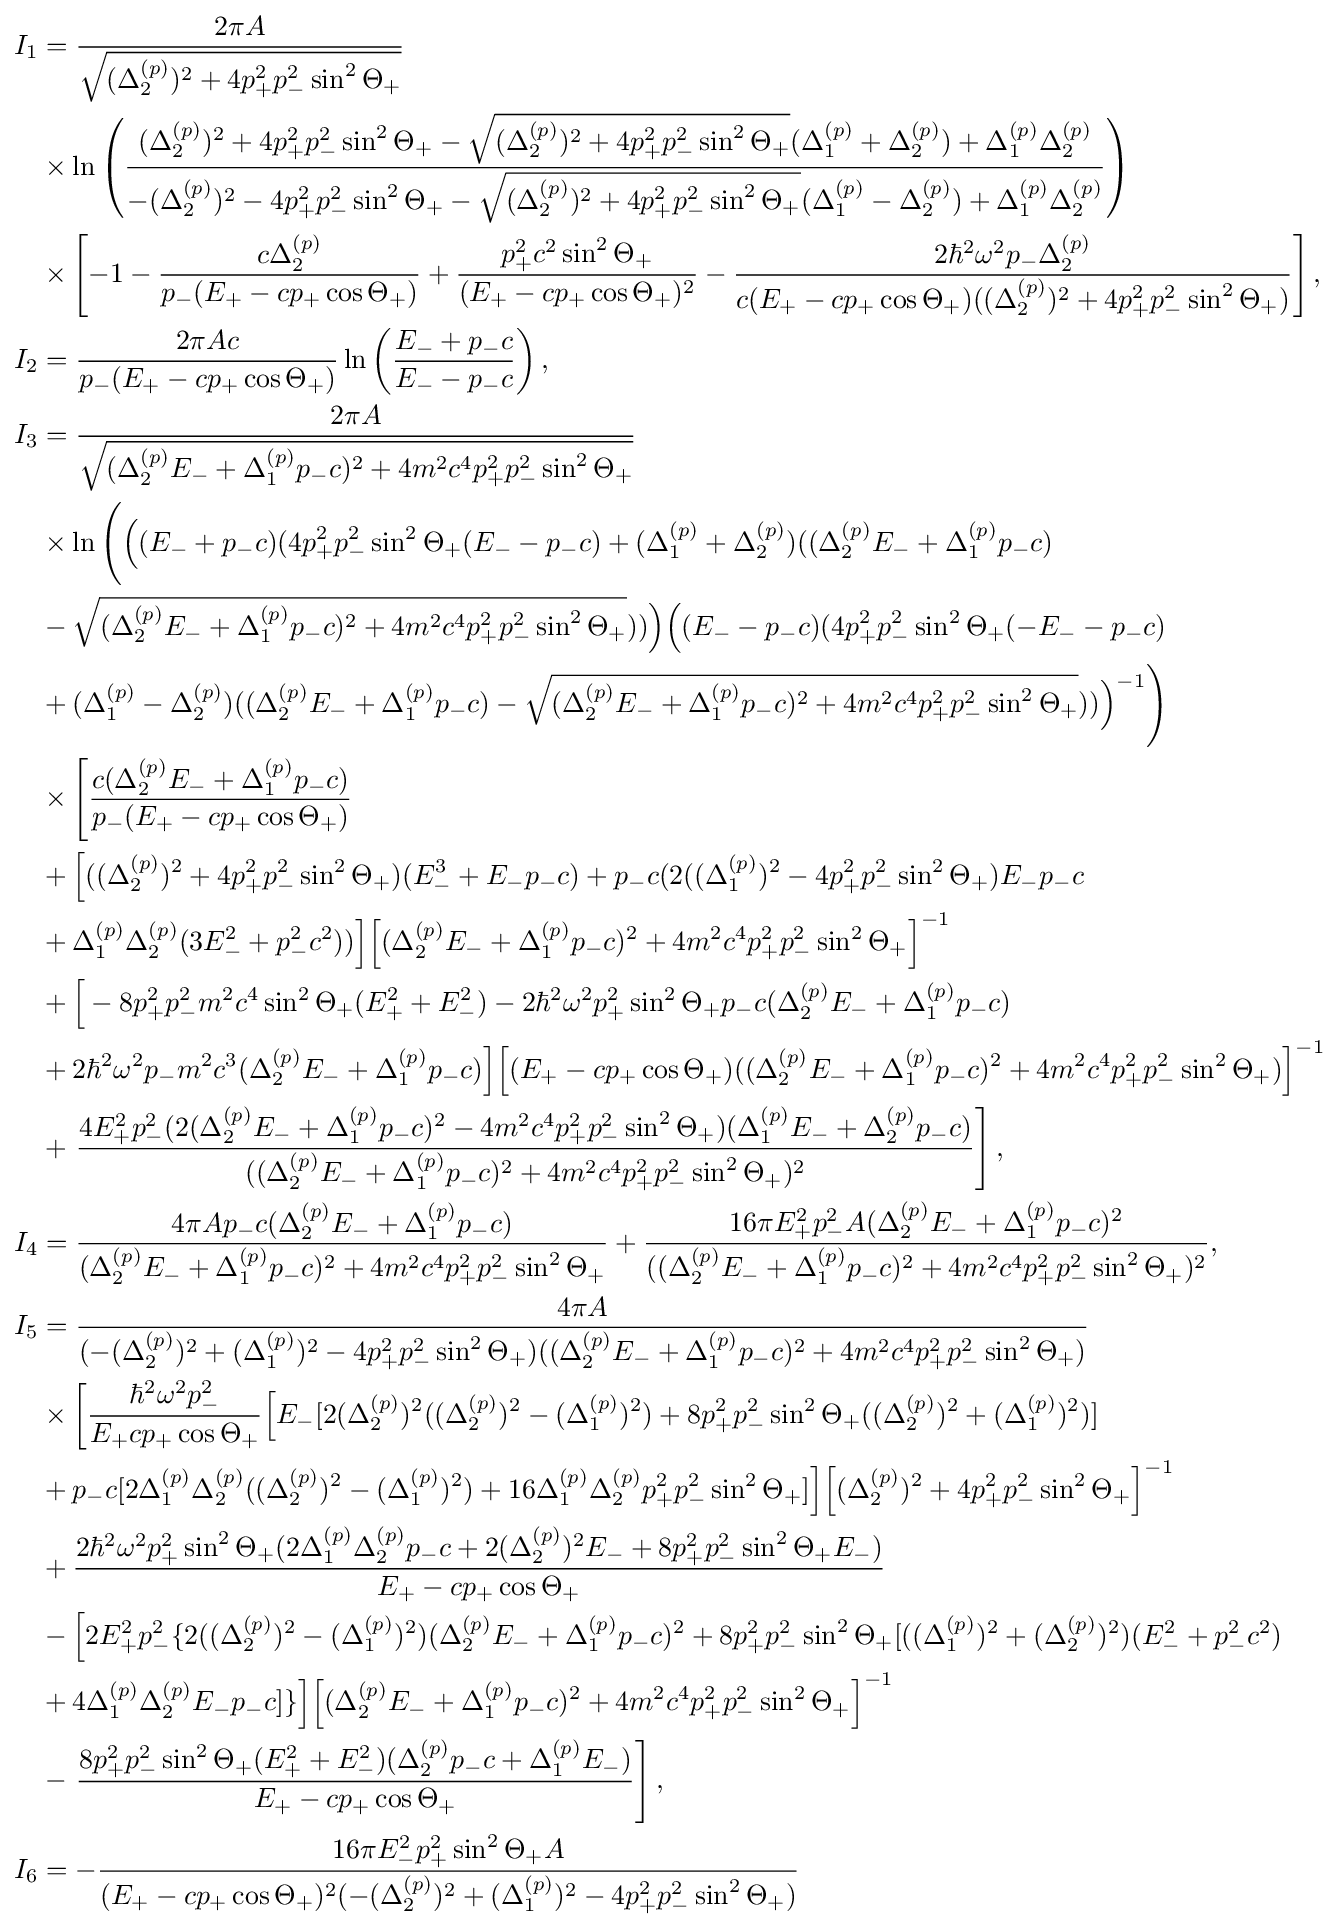
{\begin{aligned}I_{1}&={\frac {2\pi A}{\sqrt {(\Delta _{2}^{(p)})^{2}+4p_{+}^{2}p_{-}^{2}\sin ^{2}\Theta _{+}}}}\\&\times \ln \left({\frac {(\Delta _{2}^{(p)})^{2}+4p_{+}^{2}p_{-}^{2}\sin ^{2}\Theta _{+}-{\sqrt {(\Delta _{2}^{(p)})^{2}+4p_{+}^{2}p_{-}^{2}\sin ^{2}\Theta _{+}}}(\Delta _{1}^{(p)}+\Delta _{2}^{(p)})+\Delta _{1}^{(p)}\Delta _{2}^{(p)}}{-(\Delta _{2}^{(p)})^{2}-4p_{+}^{2}p_{-}^{2}\sin ^{2}\Theta _{+}-{\sqrt {(\Delta _{2}^{(p)})^{2}+4p_{+}^{2}p_{-}^{2}\sin ^{2}\Theta _{+}}}(\Delta _{1}^{(p)}-\Delta _{2}^{(p)})+\Delta _{1}^{(p)}\Delta _{2}^{(p)}}}\right)\\&\times \left[-1-{\frac {c\Delta _{2}^{(p)}}{p_{-}(E_{+}-cp_{+}\cos \Theta _{+})}}+{\frac {p_{+}^{2}c^{2}\sin ^{2}\Theta _{+}}{(E_{+}-cp_{+}\cos \Theta _{+})^{2}}}-{\frac {2\hbar ^{2}\omega ^{2}p_{-}\Delta _{2}^{(p)}}{c(E_{+}-cp_{+}\cos \Theta _{+})((\Delta _{2}^{(p)})^{2}+4p_{+}^{2}p_{-}^{2}\sin ^{2}\Theta _{+})}}\right],\\I_{2}&={\frac {2\pi Ac}{p_{-}(E_{+}-cp_{+}\cos \Theta _{+})}}\ln \left({\frac {E_{-}+p_{-}c}{E_{-}-p_{-}c}}\right),\\I_{3}&={\frac {2\pi A}{\sqrt {(\Delta _{2}^{(p)}E_{-}+\Delta _{1}^{(p)}p_{-}c)^{2}+4m^{2}c^{4}p_{+}^{2}p_{-}^{2}\sin ^{2}\Theta _{+}}}}\\&\times \ln {\Bigg (}{\Big (}(E_{-}+p_{-}c)(4p_{+}^{2}p_{-}^{2}\sin ^{2}\Theta _{+}(E_{-}-p_{-}c)+(\Delta _{1}^{(p)}+\Delta _{2}^{(p)})((\Delta _{2}^{(p)}E_{-}+\Delta _{1}^{(p)}p_{-}c)\\&-{\sqrt {(\Delta _{2}^{(p)}E_{-}+\Delta _{1}^{(p)}p_{-}c)^{2}+4m^{2}c^{4}p_{+}^{2}p_{-}^{2}\sin ^{2}\Theta _{+}}})){\Big )}{\Big (}(E_{-}-p_{-}c)(4p_{+}^{2}p_{-}^{2}\sin ^{2}\Theta _{+}(-E_{-}-p_{-}c)\\&+(\Delta _{1}^{(p)}-\Delta _{2}^{(p)})((\Delta _{2}^{(p)}E_{-}+\Delta _{1}^{(p)}p_{-}c)-{\sqrt {(\Delta _{2}^{(p)}E_{-}+\Delta _{1}^{(p)}p_{-}c)^{2}+4m^{2}c^{4}p_{+}^{2}p_{-}^{2}\sin ^{2}\Theta _{+}}})){\Big )}^{-1}{\Bigg )}\\&\times \left[{\frac {c(\Delta _{2}^{(p)}E_{-}+\Delta _{1}^{(p)}p_{-}c)}{p_{-}(E_{+}-cp_{+}\cos \Theta _{+})}}\right.\\&+{\Big [}((\Delta _{2}^{(p)})^{2}+4p_{+}^{2}p_{-}^{2}\sin ^{2}\Theta _{+})(E_{-}^{3}+E_{-}p_{-}c)+p_{-}c(2((\Delta _{1}^{(p)})^{2}-4p_{+}^{2}p_{-}^{2}\sin ^{2}\Theta _{+})E_{-}p_{-}c\\&+\Delta _{1}^{(p)}\Delta _{2}^{(p)}(3E_{-}^{2}+p_{-}^{2}c^{2})){\Big ]}{\Big [}(\Delta _{2}^{(p)}E_{-}+\Delta _{1}^{(p)}p_{-}c)^{2}+4m^{2}c^{4}p_{+}^{2}p_{-}^{2}\sin ^{2}\Theta _{+}{\Big ]}^{-1}\\&+{\Big [}-8p_{+}^{2}p_{-}^{2}m^{2}c^{4}\sin ^{2}\Theta _{+}(E_{+}^{2}+E_{-}^{2})-2\hbar ^{2}\omega ^{2}p_{+}^{2}\sin ^{2}\Theta _{+}p_{-}c(\Delta _{2}^{(p)}E_{-}+\Delta _{1}^{(p)}p_{-}c)\\&+2\hbar ^{2}\omega ^{2}p_{-}m^{2}c^{3}(\Delta _{2}^{(p)}E_{-}+\Delta _{1}^{(p)}p_{-}c){\Big ]}{\Big [}(E_{+}-cp_{+}\cos \Theta _{+})((\Delta _{2}^{(p)}E_{-}+\Delta _{1}^{(p)}p_{-}c)^{2}+4m^{2}c^{4}p_{+}^{2}p_{-}^{2}\sin ^{2}\Theta _{+}){\Big ]}^{-1}\\&+\left.{\frac {4E_{+}^{2}p_{-}^{2}(2(\Delta _{2}^{(p)}E_{-}+\Delta _{1}^{(p)}p_{-}c)^{2}-4m^{2}c^{4}p_{+}^{2}p_{-}^{2}\sin ^{2}\Theta _{+})(\Delta _{1}^{(p)}E_{-}+\Delta _{2}^{(p)}p_{-}c)}{((\Delta _{2}^{(p)}E_{-}+\Delta _{1}^{(p)}p_{-}c)^{2}+4m^{2}c^{4}p_{+}^{2}p_{-}^{2}\sin ^{2}\Theta _{+})^{2}}}\right],\\I_{4}&={\frac {4\pi Ap_{-}c(\Delta _{2}^{(p)}E_{-}+\Delta _{1}^{(p)}p_{-}c)}{(\Delta _{2}^{(p)}E_{-}+\Delta _{1}^{(p)}p_{-}c)^{2}+4m^{2}c^{4}p_{+}^{2}p_{-}^{2}\sin ^{2}\Theta _{+}}}+{\frac {16\pi E_{+}^{2}p_{-}^{2}A(\Delta _{2}^{(p)}E_{-}+\Delta _{1}^{(p)}p_{-}c)^{2}}{((\Delta _{2}^{(p)}E_{-}+\Delta _{1}^{(p)}p_{-}c)^{2}+4m^{2}c^{4}p_{+}^{2}p_{-}^{2}\sin ^{2}\Theta _{+})^{2}}},\\I_{5}&={\frac {4\pi A}{(-(\Delta _{2}^{(p)})^{2}+(\Delta _{1}^{(p)})^{2}-4p_{+}^{2}p_{-}^{2}\sin ^{2}\Theta _{+})((\Delta _{2}^{(p)}E_{-}+\Delta _{1}^{(p)}p_{-}c)^{2}+4m^{2}c^{4}p_{+}^{2}p_{-}^{2}\sin ^{2}\Theta _{+})}}\\&\times \left[{\frac {\hbar ^{2}\omega ^{2}p_{-}^{2}}{E_{+}cp_{+}\cos \Theta _{+}}}{\Big [}E_{-}[2(\Delta _{2}^{(p)})^{2}((\Delta _{2}^{(p)})^{2}-(\Delta _{1}^{(p)})^{2})+8p_{+}^{2}p_{-}^{2}\sin ^{2}\Theta _{+}((\Delta _{2}^{(p)})^{2}+(\Delta _{1}^{(p)})^{2})]\right.\\&+p_{-}c[2\Delta _{1}^{(p)}\Delta _{2}^{(p)}((\Delta _{2}^{(p)})^{2}-(\Delta _{1}^{(p)})^{2})+16\Delta _{1}^{(p)}\Delta _{2}^{(p)}p_{+}^{2}p_{-}^{2}\sin ^{2}\Theta _{+}]{\Big ]}{\Big [}(\Delta _{2}^{(p)})^{2}+4p_{+}^{2}p_{-}^{2}\sin ^{2}\Theta _{+}{\Big ]}^{-1}\\&+{\frac {2\hbar ^{2}\omega ^{2}p_{+}^{2}\sin ^{2}\Theta _{+}(2\Delta _{1}^{(p)}\Delta _{2}^{(p)}p_{-}c+2(\Delta _{2}^{(p)})^{2}E_{-}+8p_{+}^{2}p_{-}^{2}\sin ^{2}\Theta _{+}E_{-})}{E_{+}-cp_{+}\cos \Theta _{+}}}\\&-{\Big [}2E_{+}^{2}p_{-}^{2}\{2((\Delta _{2}^{(p)})^{2}-(\Delta _{1}^{(p)})^{2})(\Delta _{2}^{(p)}E_{-}+\Delta _{1}^{(p)}p_{-}c)^{2}+8p_{+}^{2}p_{-}^{2}\sin ^{2}\Theta _{+}[((\Delta _{1}^{(p)})^{2}+(\Delta _{2}^{(p)})^{2})(E_{-}^{2}+p_{-}^{2}c^{2})\\&+4\Delta _{1}^{(p)}\Delta _{2}^{(p)}E_{-}p_{-}c]\}{\Big ]}{\Big [}(\Delta _{2}^{(p)}E_{-}+\Delta _{1}^{(p)}p_{-}c)^{2}+4m^{2}c^{4}p_{+}^{2}p_{-}^{2}\sin ^{2}\Theta _{+}{\Big ]}^{-1}\\&-\left.{\frac {8p_{+}^{2}p_{-}^{2}\sin ^{2}\Theta _{+}(E_{+}^{2}+E_{-}^{2})(\Delta _{2}^{(p)}p_{-}c+\Delta _{1}^{(p)}E_{-})}{E_{+}-cp_{+}\cos \Theta _{+}}}\right],\\I_{6}&=-{\frac {16\pi E_{-}^{2}p_{+}^{2}\sin ^{2}\Theta _{+}A}{(E_{+}-cp_{+}\cos \Theta _{+})^{2}(-(\Delta _{2}^{(p)})^{2}+(\Delta _{1}^{(p)})^{2}-4p_{+}^{2}p_{-}^{2}\sin ^{2}\Theta _{+})}}\end{aligned}}